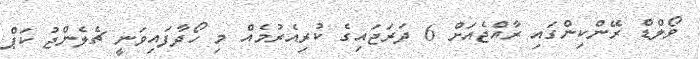
ވޯލްޑް ރޭންކިންގައި ރާއްޖެއަށް 6 ދަރަޖައިގެ ކުރިއެރުމެއް މި ހޯދާފައިވަނީ ޗެލެންޖު ކަޕް